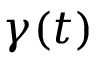
{ \boldsymbol \gamma } ( t )